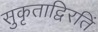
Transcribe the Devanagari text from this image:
सुकृताद्विरतिं